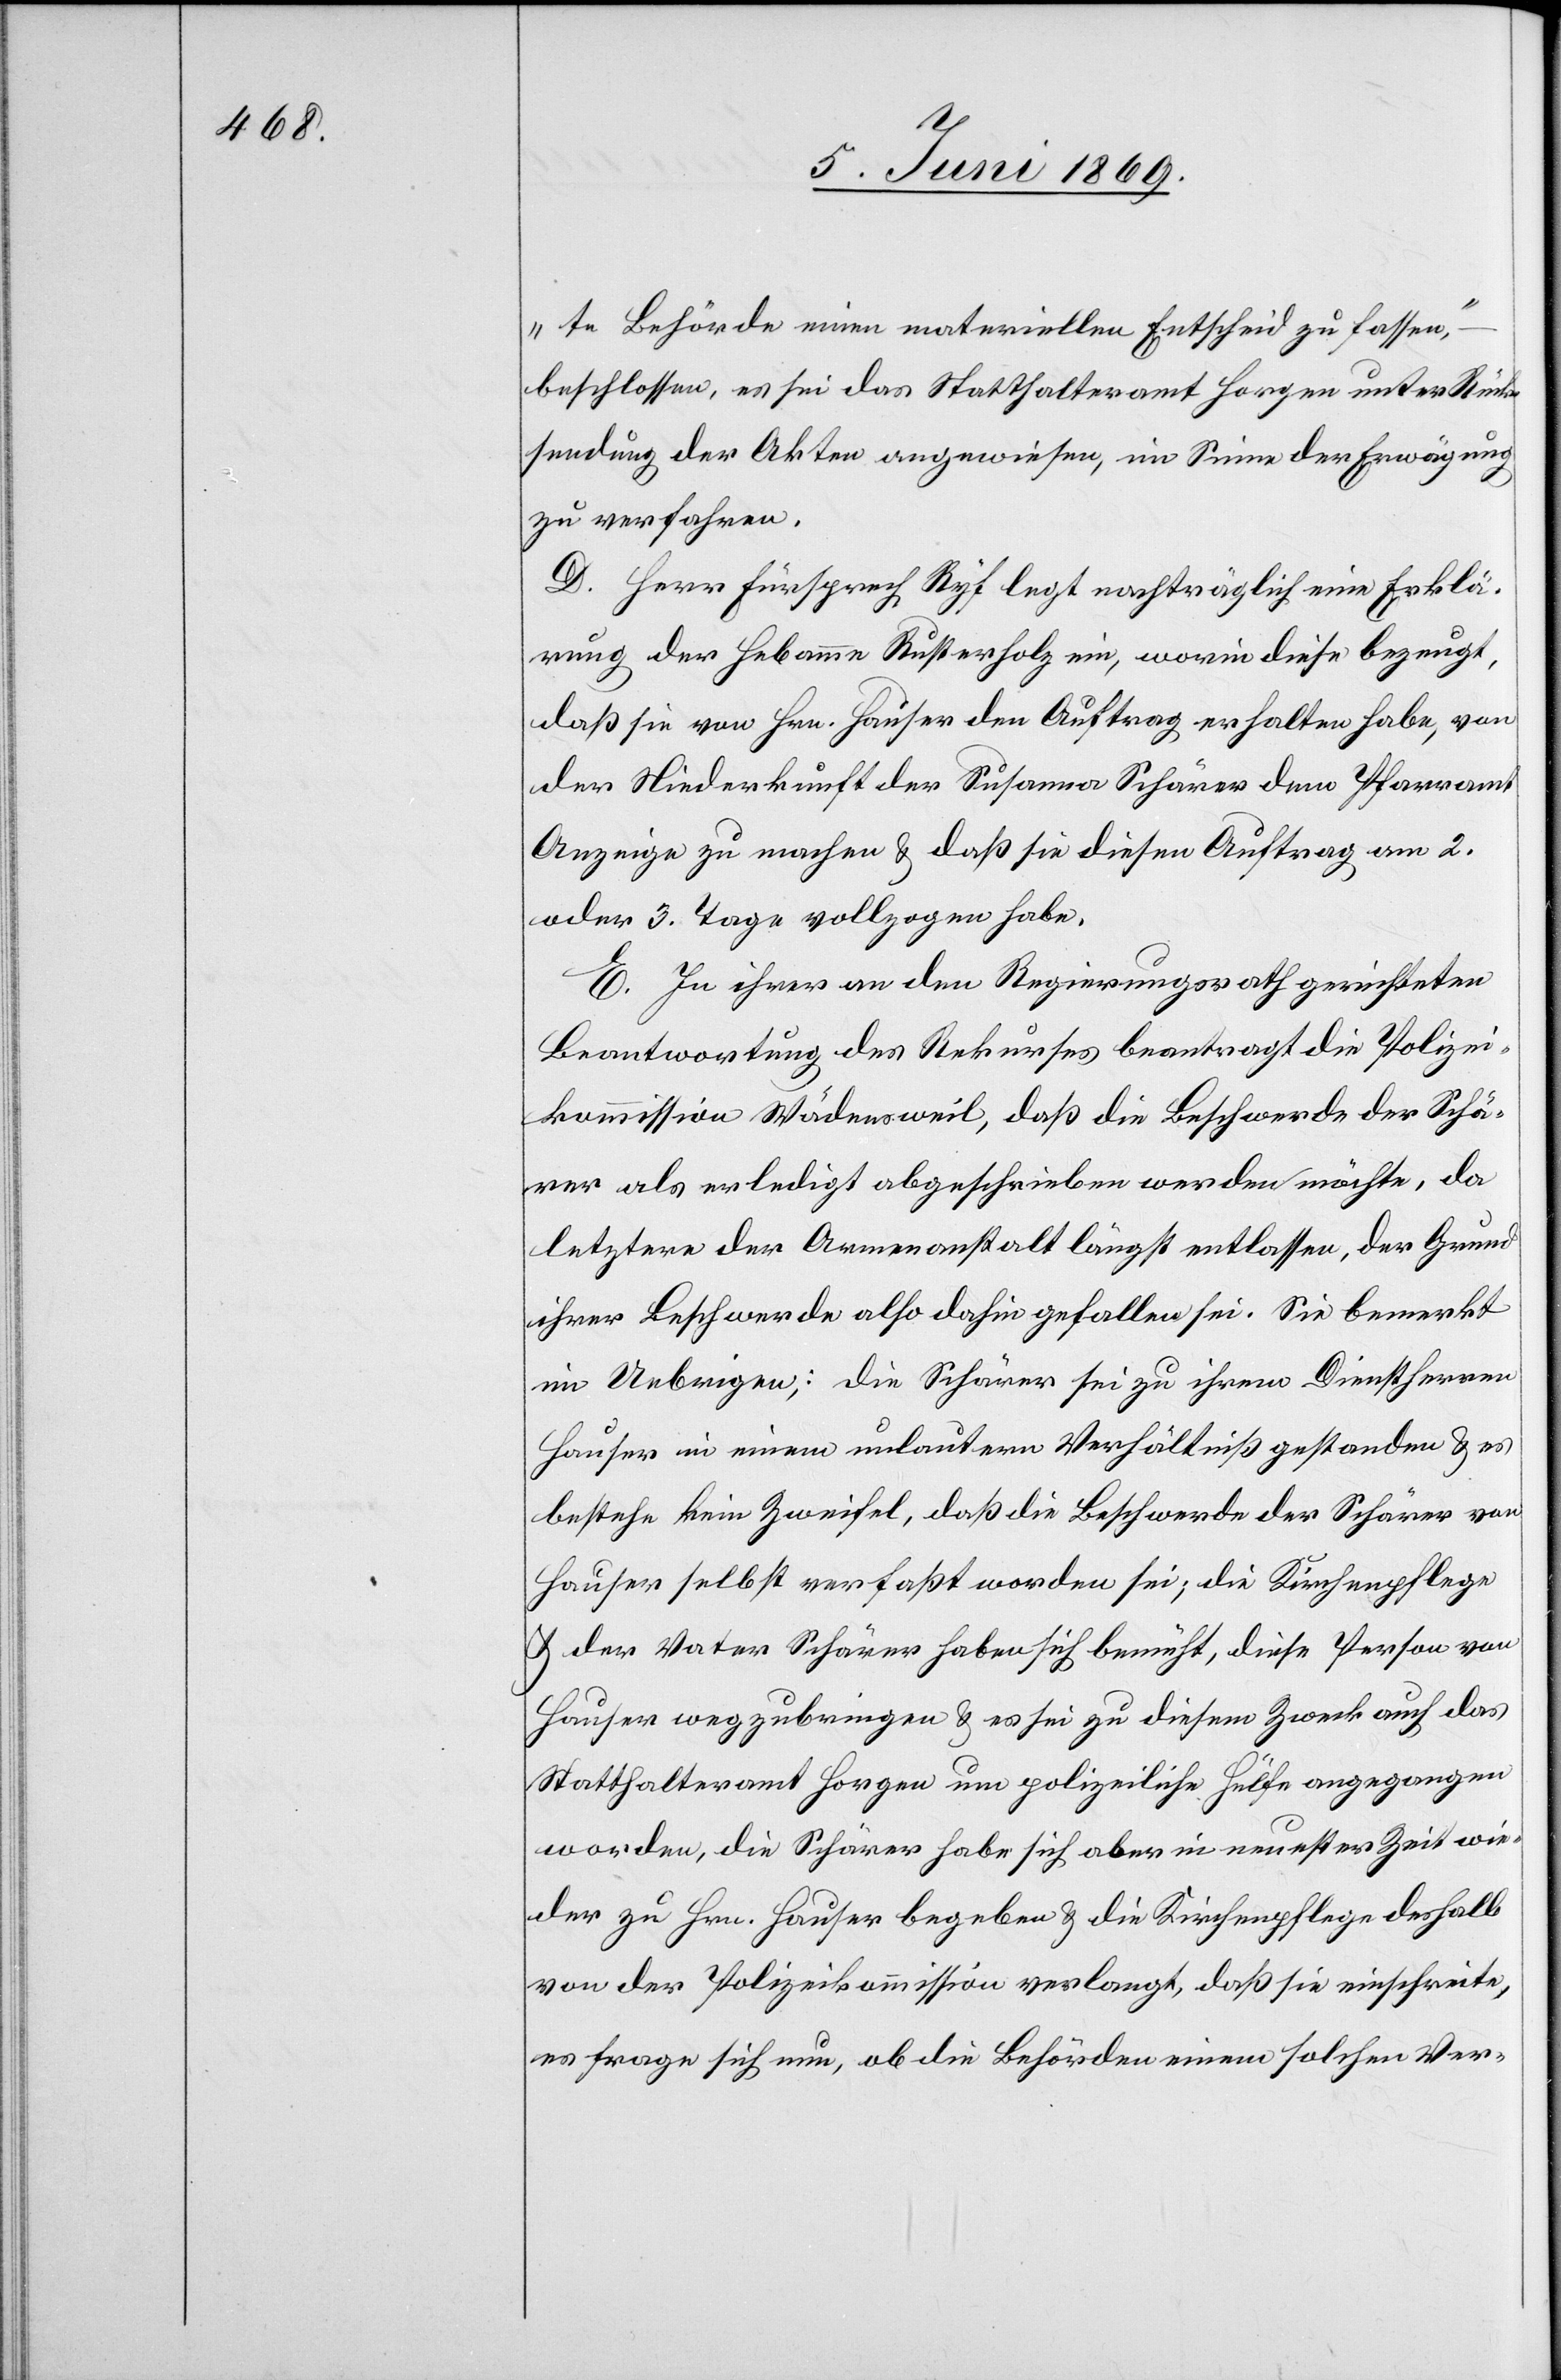
te Behörde einen materiellen Entscheid zu fassen,“
beschlossen, es sei das Statthalteramt Horgen unter Rück¬
sendung der Akten angewiesen, im Sinne der Erwägung
zu verfahren.
D. Herr Fürsprech Ryf legt nachträglich eine Erklä¬
rung der Hebamme Rusterholz ein, worin diese bezeugt,
daß sie von Hrn. Hauser den Auftrag erhalten habe, von
der Niederkunft der Susanna Schärer dem Pfarramt
Anzeige zu machen u. daß sie diesen Auftrag am 2.
oder 3. Tage vollzogen habe.
E. In ihrer an den Regierungsrath gerichteten
Beantwortung des Rekurses beantragt die Polizei¬
kommission Wädensweil, daß die Beschwerde der Schä¬
rer als erledigt abgeschrieben werden möchte, da
letztere der Armenanstalt längst entlassen, der Grund
ihrer Beschwerde also dahin gefallen sei. Sie bemerkt
im Uebrigen; die Schärer sei zu ihrem Dienstherren
Hauser in einem unlauteren Verhältniß gestanden u. es
bestehe kein Zweifel, daß die Beschwerde der Schärer von
Hauser selbst verfaßt worden sei; die Kirchenpflege
u. der Vater Schärer haben sich bemüht, diese Person von
Hauser wegzubringen u. es sei zu diesem Zweck auch das
Statthalteramt Horgen um polizeiliche Hülfe angegangen
worden, die Schärer habe sich aber in neuester Zeit wie¬
der zu Hrn. Hauser begeben u. die Kirchenpflege deshalb
von der Polizeikommission verlangt, daß sie einschreite,
es frage sich nun, ob die Behörden einem solchen Ver-